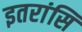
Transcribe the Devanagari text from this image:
इतरांसि